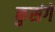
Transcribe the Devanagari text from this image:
कुसंगें